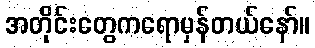
အတိုင်းတွေကရောမှန်တယ်နော်။